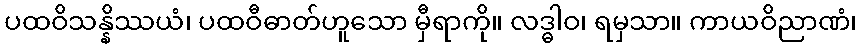
ပထဝိသန္နိဿယံ၊ ပထဝီဓာတ်ဟူသော မှီရာကို။ လဒ္ဓါဝ၊ ရမှသာ။ ကာယဝိညာဏံ၊